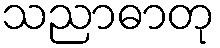
သညာဓာတု